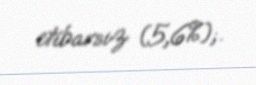
etibarsız (5,6%);.